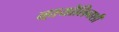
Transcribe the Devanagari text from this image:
व्हायोलिनशी